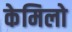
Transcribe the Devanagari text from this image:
केमिलो